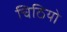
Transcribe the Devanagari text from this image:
चिठियो